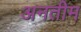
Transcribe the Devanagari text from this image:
अनतीम